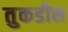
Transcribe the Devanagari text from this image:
तुकडीस